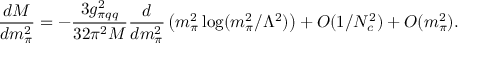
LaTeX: \frac { d M } { d m _ { \pi } ^ { 2 } } = - \frac { 3 g _ { \pi q q } ^ { 2 } } { 3 2 \pi ^ { 2 } M } \frac { d } { d m _ { \pi } ^ { 2 } } \left( m _ { \pi } ^ { 2 } \log ( m _ { \pi } ^ { 2 } / \Lambda ^ { 2 } ) \right) + { \cal O } ( 1 / N _ { c } ^ { 2 } ) + { \cal O } ( m _ { \pi } ^ { 2 } ) .